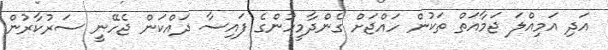
އަދި އަމިއްލަ ޖަމާއަތް ތަކުން ހައްޖަށް ގެންދާމީހުންގެ ފައިސާ ދައްކަން ޖެހޭނީ ސަރުކާރުން